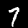
Label: 7